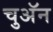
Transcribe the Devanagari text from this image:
चुअॅन